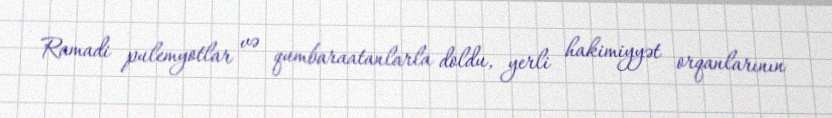
Ramadi pulemyotlar və qumbaraatanlarla doldu, yerli hakimiyyət orqanlarının